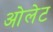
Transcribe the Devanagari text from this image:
ओलेट